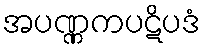
အပဏ္ဏကပဋိပဒံ